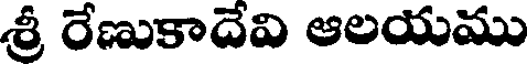
శ్రీ రేణుకాదేవి ఆలయము